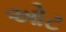
ઓટ